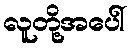
လူတို့အပေါ်